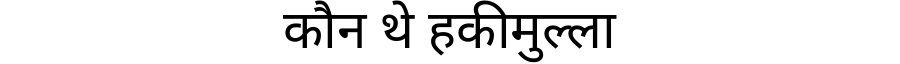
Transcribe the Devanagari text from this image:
कौन थे हकीमुल्ला